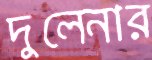
দুলেনার